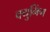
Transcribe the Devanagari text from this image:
क्युमिंग